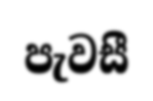
පැවසී